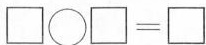
$$\Box \circ \Box = \Box$$